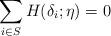
LaTeX: \begin{align*}\sum_{i\in S} H(\delta_i; \eta) = 0\end{align*}